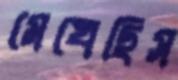
মেখেছিস